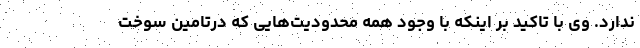
ندارد. وی با تاکید بر اینکه با وجود همه محدودیت‌هایی که درتامین سوخت